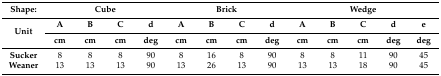
<table><thead><tr><td><b>Shape:</b></td><td colspan="4"><b>Cube</b></td><td colspan="4"><b>Brick</b></td><td colspan="5"><b>Wedge</b></td></tr><tr><td rowspan="2"><b>Unit</b></td><td><b>A</b></td><td><b>B</b></td><td><b>C</b></td><td><b>d</b></td><td><b>A</b></td><td><b>B</b></td><td><b>C</b></td><td><b>d</b></td><td><b>A</b></td><td><b>B</b></td><td><b>C</b></td><td><b>d</b></td><td><b>e</b></td></tr><tr><td><b>cm</b></td><td><b>cm</b></td><td><b>cm</b></td><td><b>deg</b></td><td><b>cm</b></td><td><b>cm</b></td><td><b>cm</b></td><td><b>deg</b></td><td><b>cm</b></td><td><b>cm</b></td><td><b>cm</b></td><td><b>deg</b></td><td><b>deg</b></td></tr></thead><tbody><tr><td><b>Sucker</b></td><td>8</td><td>8</td><td>8</td><td>90</td><td>8</td><td>16</td><td>8</td><td>90</td><td>8</td><td>8</td><td>11</td><td>90</td><td>45</td></tr><tr><td><b>Weaner</b></td><td>13</td><td>13</td><td>13</td><td>90</td><td>13</td><td>26</td><td>13</td><td>90</td><td>13</td><td>13</td><td>18</td><td>90</td><td>45</td></tr></tbody></table>